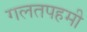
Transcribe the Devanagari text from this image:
गलतपहमी